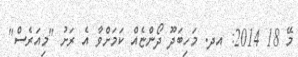
މޭ 18 2014: އދ. މަހިބަދޫ ދޯންޏެއް ކަމަށްވާ އެ ރަށު "މިއަރެސް"